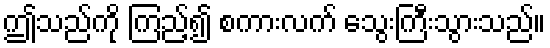
ဤသည်ကို ကြည့်၍ စကားလက် သွေးကြီးသွားသည်။